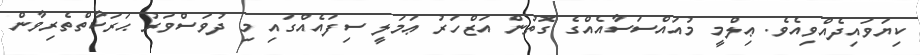
ކިޔަވައިދެއްވިއެވެ. ޢިލްމީ މުއައްސަސާއެއްގެ ގޮތުން އަޒްހަރު ޢަމަލީ ސިފައެއްގައި މި ދުވަސްވަރު ޙަރަކާތްތެރިވާން